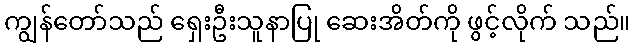
ကျွန်တော်သည် ရှေးဦးသူနာပြု ဆေးအိတ်ကို ဖွင့်လိုက် သည်။